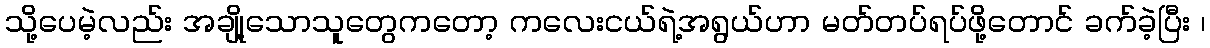
သို့ပေမဲ့လည်း အချို့သောသူတွေကတော့ ကလေးငယ်ရဲ့အရွယ်ဟာ မတ်တပ်ရပ်ဖို့တောင် ခက်ခဲ့ပြီး ၊